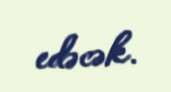
edəcək.